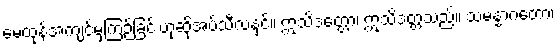
မေထုန်အကျင့်မှကြဉ်ခြင်းဟုဆိုအပ်သီလနှင့်။ ဣသိဒတ္တော၊ ဣသိဒတ္တသည်။ သမန္နာဂတော၊